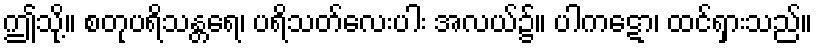
ဤသို့။ စတုပရိသန္တရေ၊ ပရိသတ်လေးပါး အလယ်၌။ ပါကဋော၊ ထင်ရှားသည်။